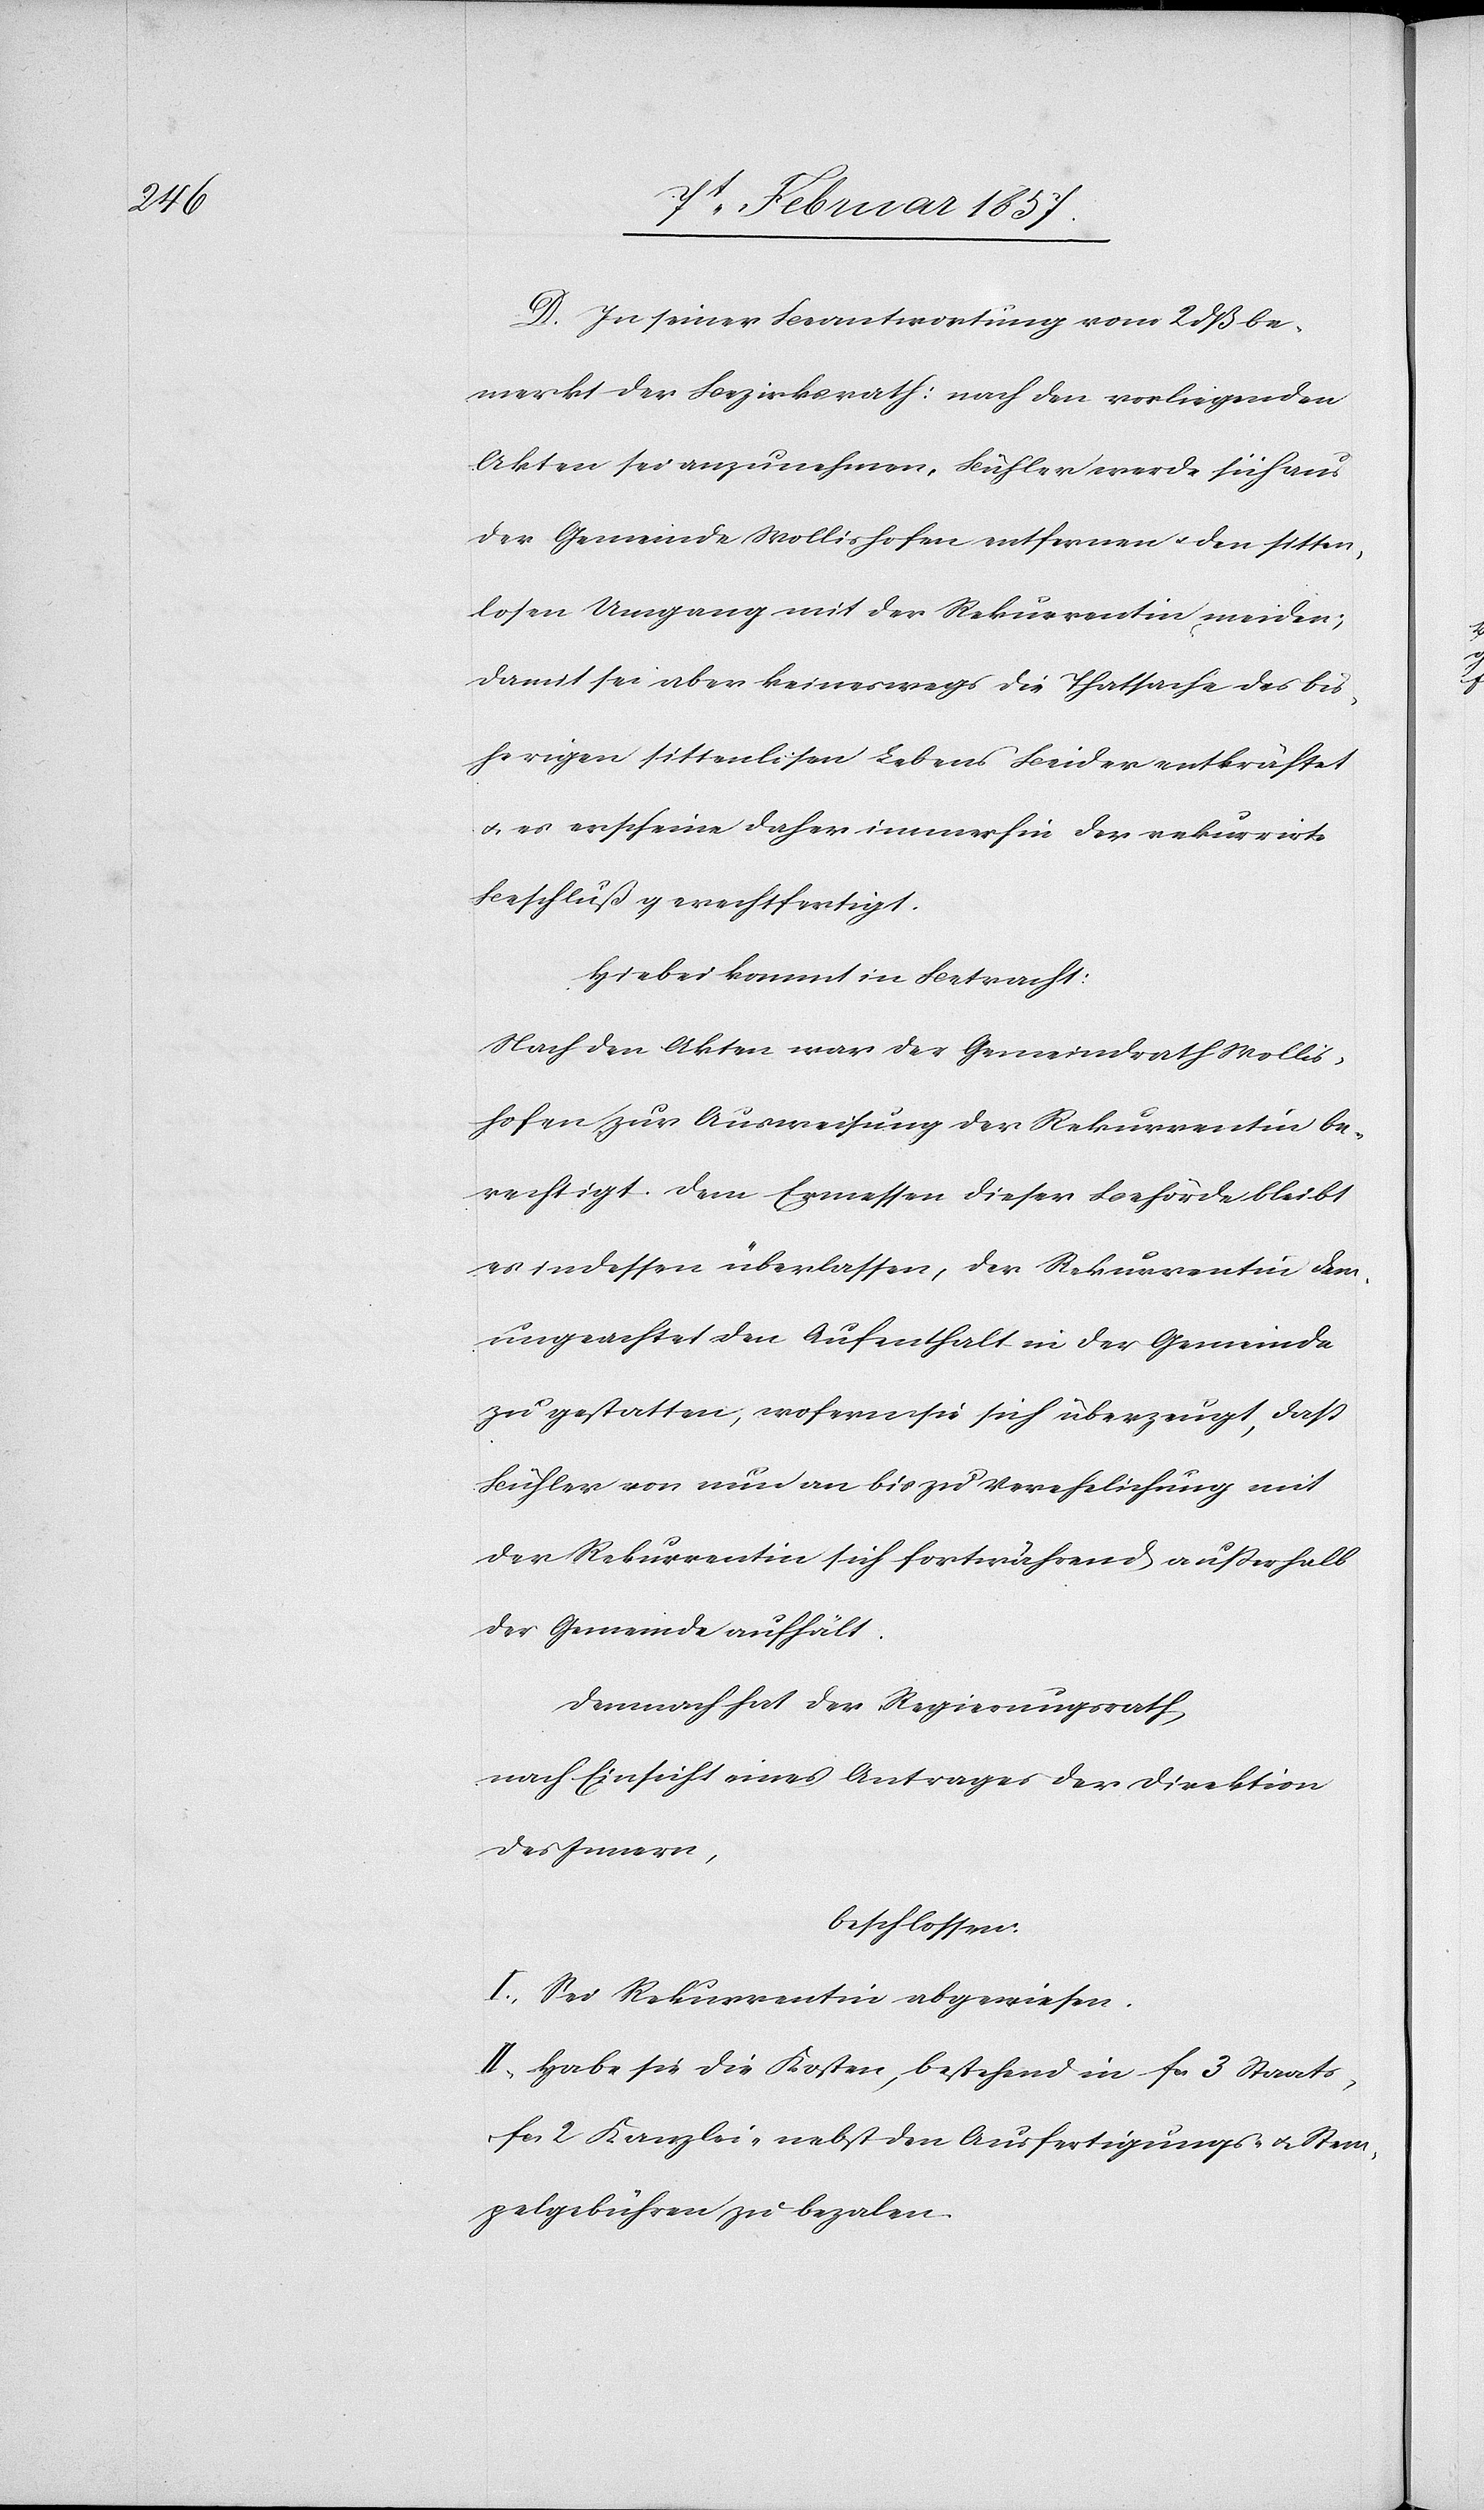
D. In seiner Beantwortung vom 2 dß be¬
merkt der Bezirksrath: nach den vorliegenden
Akten sei anzunehmen, Bühler werde sich aus
der Gemeinde Wollishofen entfernen u. den sitten¬
losen Umgang mit der Rekurrentin meiden;
damit sei aber keineswegs die Thatsache des bis¬
herigen sittenlosen Lebens Beider entkräftet
u. es erscheine daher immerhin der rekurrirte
Beschluß gerechtfertigt.
Hiebei kommt in Betracht:
Nach den Akten war der Gemeindrath Wollis¬
hofen zur Ausweisung der Rekurrentin be¬
rechtigt. Dem Ermessen dieser Behörde bleibt
es indessen überlassen, der Rekurrentin
ungeachtet den Aufenthalt in der Gemeinde
zu gestatten, wofern sie sich überzeugt, daß
Bühler von nun an bis zu Verehelichung mit
der Rekurrentin sich fortwährend außerhalb
der Gemeinde aufhält.
Demnach hat der Regierungsrath
nach Einsicht eines Antrages der Direktion
des Innern,
beschlossen:
I. Sei Rekurrentin abgewiesen.
II. Habe sie die Kosten, bestehend in fr 3 Staats-[,]
fr 2 Kanzlei- nebst den Ausfertigungs- u. Stem¬
pelgebühren zu bezalen.